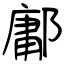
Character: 鄘